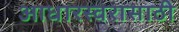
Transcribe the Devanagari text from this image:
आधारस्वरासाठी